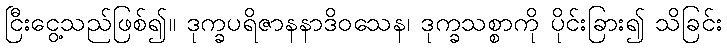
ငြီးငွေ့သည်ဖြစ်၍။ ဒုက္ခပရိဇာနနာဒိဝသေန၊ ဒုက္ခသစ္စာကို ပိုင်းခြား၍ သိခြင်း